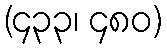
(၄၃၃၊ ၄၈၀)